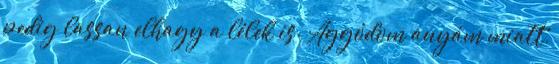
pedig lassan elhagy a lélek is. Aggódom anyám miatt,